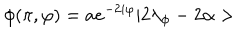
\phi ( \pi , \varphi ) = a e ^ { - 2 i \varphi } | 2 \lambda _ { \phi } - 2 \alpha >